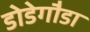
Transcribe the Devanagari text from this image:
डोडेगौडा